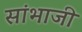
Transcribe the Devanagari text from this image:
सांभाजी